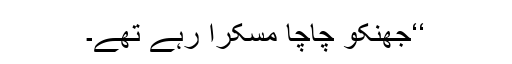
‘‘جھنکو چاچا مسکرا رہے تھے۔